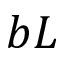
b L